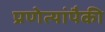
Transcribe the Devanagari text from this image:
प्रणेत्यांपैकी